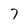
Character: 7